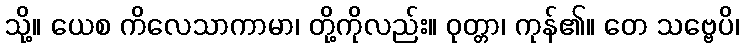
သို့။ ယေစ ကိလေသာကာမာ၊ တို့ကိုလည်း။ ဝုတ္တာ၊ ကုန်၏။ တေ သဗ္ဗေပိ၊